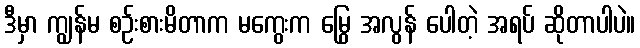
ဒီမှာ ကျွန်မ စဉ်းစားမိတာက မကွေးက မြွေ အလွန် ပေါတဲ့ အရပ် ဆိုတာပါပဲ။